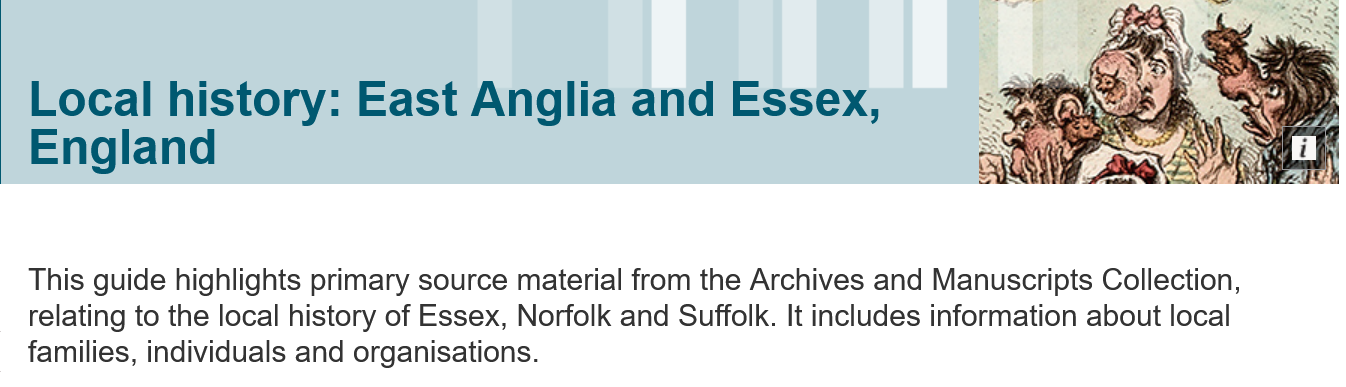
Local    history:    East    Anglia    and    Essex,
   England
  This guide highlights primary source material from the Archives and Manuscripts Collection,
   relating to the local history of Essex, Norfolk and Suffolk. It includes information about local
  families, individuals and organisations.